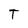
Character: T